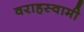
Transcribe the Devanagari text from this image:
वराहस्‍वामी